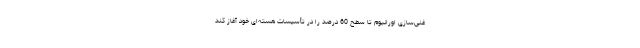
غنی‌سازی اورانیوم تا سطح 60 درصد را در تأسیسات هسته‌ای خود آغاز کند